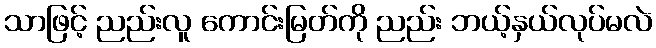
သာဖြင့် ညည်းလူ ကောင်းမြတ်ကို ညည်း ဘယ့်နှယ်လုပ်မလဲ